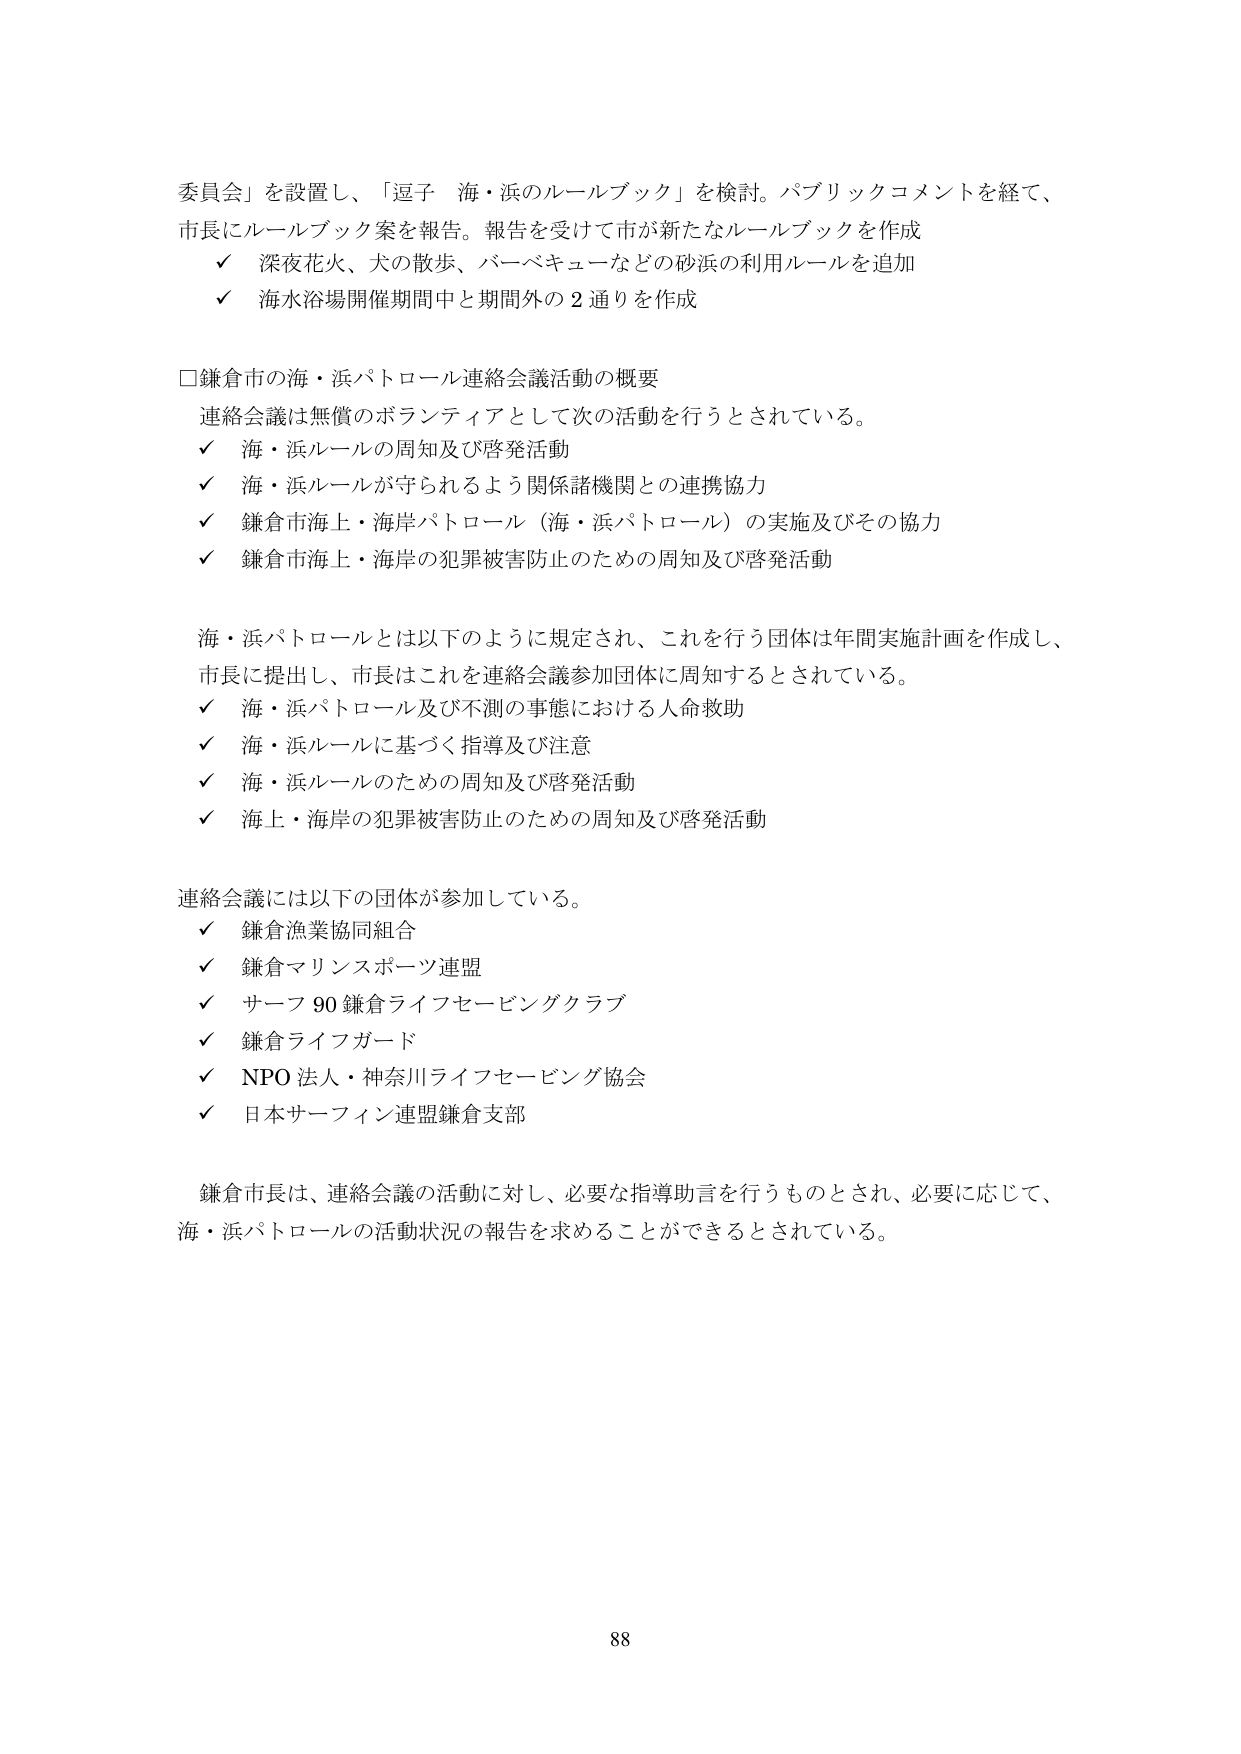
委員会」を設置し、「逗子 海・浜のルールブック」を検討。パブリックコメントを経て、
市長にルールブック案を報告。報告を受けて市が新たなルールブックを作成
✓ 深夜花火、犬の散歩、バーベキューなどの砂浜の利用ルールを追加
✓ 海水浴場開催期間中と期間外の2通りを作成

□鎌倉市の海・浜パトロール連絡会議活動の概要
連絡会議は無償のボランティアとして次の活動を行うとされている。
✓ 海・浜ルールの周知及び啓発活動
✓ 海・浜ルールが守られるよう関係諸機関との連携協力
✓ 鎌倉市海上・海岸パトロール（海・浜パトロール）の実施及びその協力
✓ 鎌倉市海上・海岸の犯罪被害防止のための周知及び啓発活動

海・浜パトロールとは以下のように規定され、これを行う団体は年間実施計画を作成し、
市長に提出し、市長はこれを連絡会議参加団体に周知するとされている。
✓ 海・浜パトロール及び不測の事態における人命救助
✓ 海・浜ルールに基づく指導及び注意
✓ 海・浜ルールのための周知及び啓発活動
✓ 海上・海岸の犯罪被害防止のための周知及び啓発活動

連絡会議には以下の団体が参加している。
✓ 鎌倉漁業協同組合
✓ 鎌倉マリンスポーツ連盟
✓ サーフ90鎌倉ライフセービングクラブ
✓ 鎌倉ライフガード
✓ NPO法人・神奈川ライフセービング協会
✓ 日本サーフィン連盟鎌倉支部

鎌倉市長は、連絡会議の活動に対し、必要な指導助言を行うものとされ、必要に応じて、
海・浜パトロールの活動状況の報告を求めることができるとしている。

88